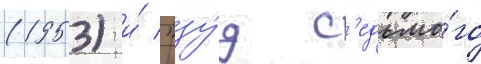
(1953) и́ "зу́д с'едьмо́го